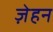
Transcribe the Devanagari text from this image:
ज़ेहन